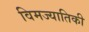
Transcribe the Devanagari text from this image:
विमज्यातिकी